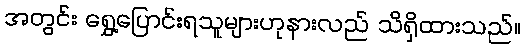
အတွင်း ရွှေ့ပြောင်းရသူများဟုနားလည် သိရှိထားသည်။